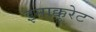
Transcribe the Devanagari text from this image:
इनाक्कुरेट